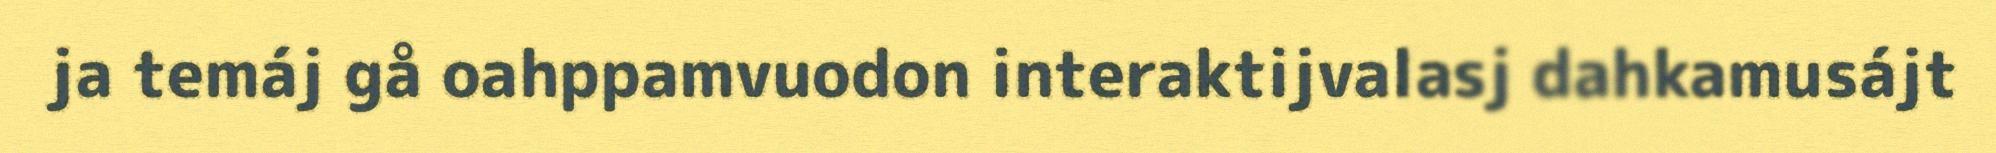
ja temáj gå oahppamvuodon interaktijvalasj dahkamusájt